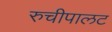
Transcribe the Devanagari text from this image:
रुचीपालट